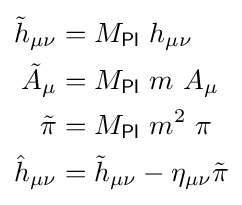
{\begin{aligned}{\tilde {h}}_{\mu \nu }&=M_{\mathsf {Pl}}\ h_{\mu \nu }\\{\tilde {A}}_{\mu }&=M_{\mathsf {Pl}}\ m\ A_{\mu }\\{\tilde {\pi }}&=M_{\mathsf {Pl}}\ m^{2}\ \pi \\{\hat {h}}_{\mu \nu }&={\tilde {h}}_{\mu \nu }-\eta _{\mu \nu }{\tilde {\pi }}\end{aligned}}